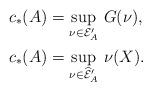
LaTeX: \begin{align*}c_*(A)&=\sup_{\nu\in\mathcal E'_A}\,G(\nu),\\c_*(A)&=\sup_{\nu\in\widehat{\mathcal E}'_A}\,\nu(X).\end{align*}